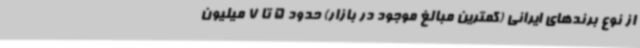
از نوع برندهای ایرانی (کمترین مبالغ موجود در بازار) حدود 5 تا 7 میلیون